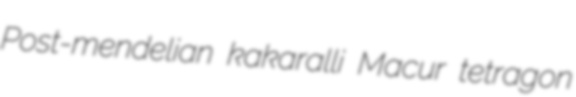
Post-mendelian kakaralli Macur tetragon